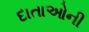
દાતાઓની